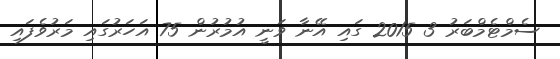
ސެމްޓެމްބަރު 3 2015 ގައި އޭނާ ވަނީ އުމުރުން 75 އަހަރުގައި މަރުވެފައި